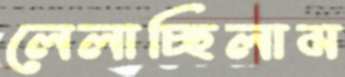
লেলাচ্ছিলাম